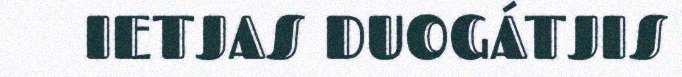
IETJAS DUOGÁTJIS